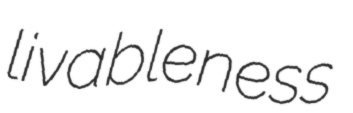
livableness